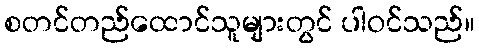
စတင်တည်ထောင်သူများတွင် ပါဝင်သည်။